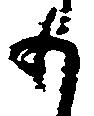
も